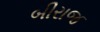
બીરાજ